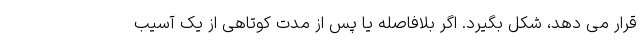
قرار می دهد، شکل بگیرد. اگر بلافاصله یا پس از مدت کوتاهی از یک آسیب